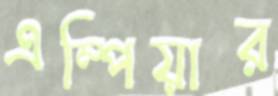
এম্পিয়ার